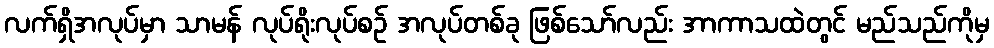
လက်ရှိအလုပ်မှာ သာမန် လုပ်ရိုးလုပ်စဉ် အလုပ်တစ်ခု ဖြစ်သော်လည်း အာကာသထဲတွင် မည်သည်ကိုမှ